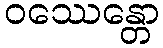
ဝဿေန္တော